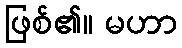
ဖြစ်၏။ မဟာ